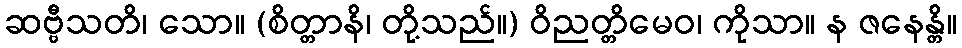
ဆဗ္ဗီသတိ၊ သော။ (စိတ္တာနိ၊ တို့သည်။) ဝိညတ္တိမေဝ၊ ကိုသာ။ န ဇနေန္တိ။